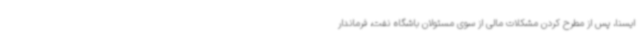
ایسنا، پس از مطرح کردن مشکلات مالی از سوی مسئولان باشگاه نفت، فرماندار